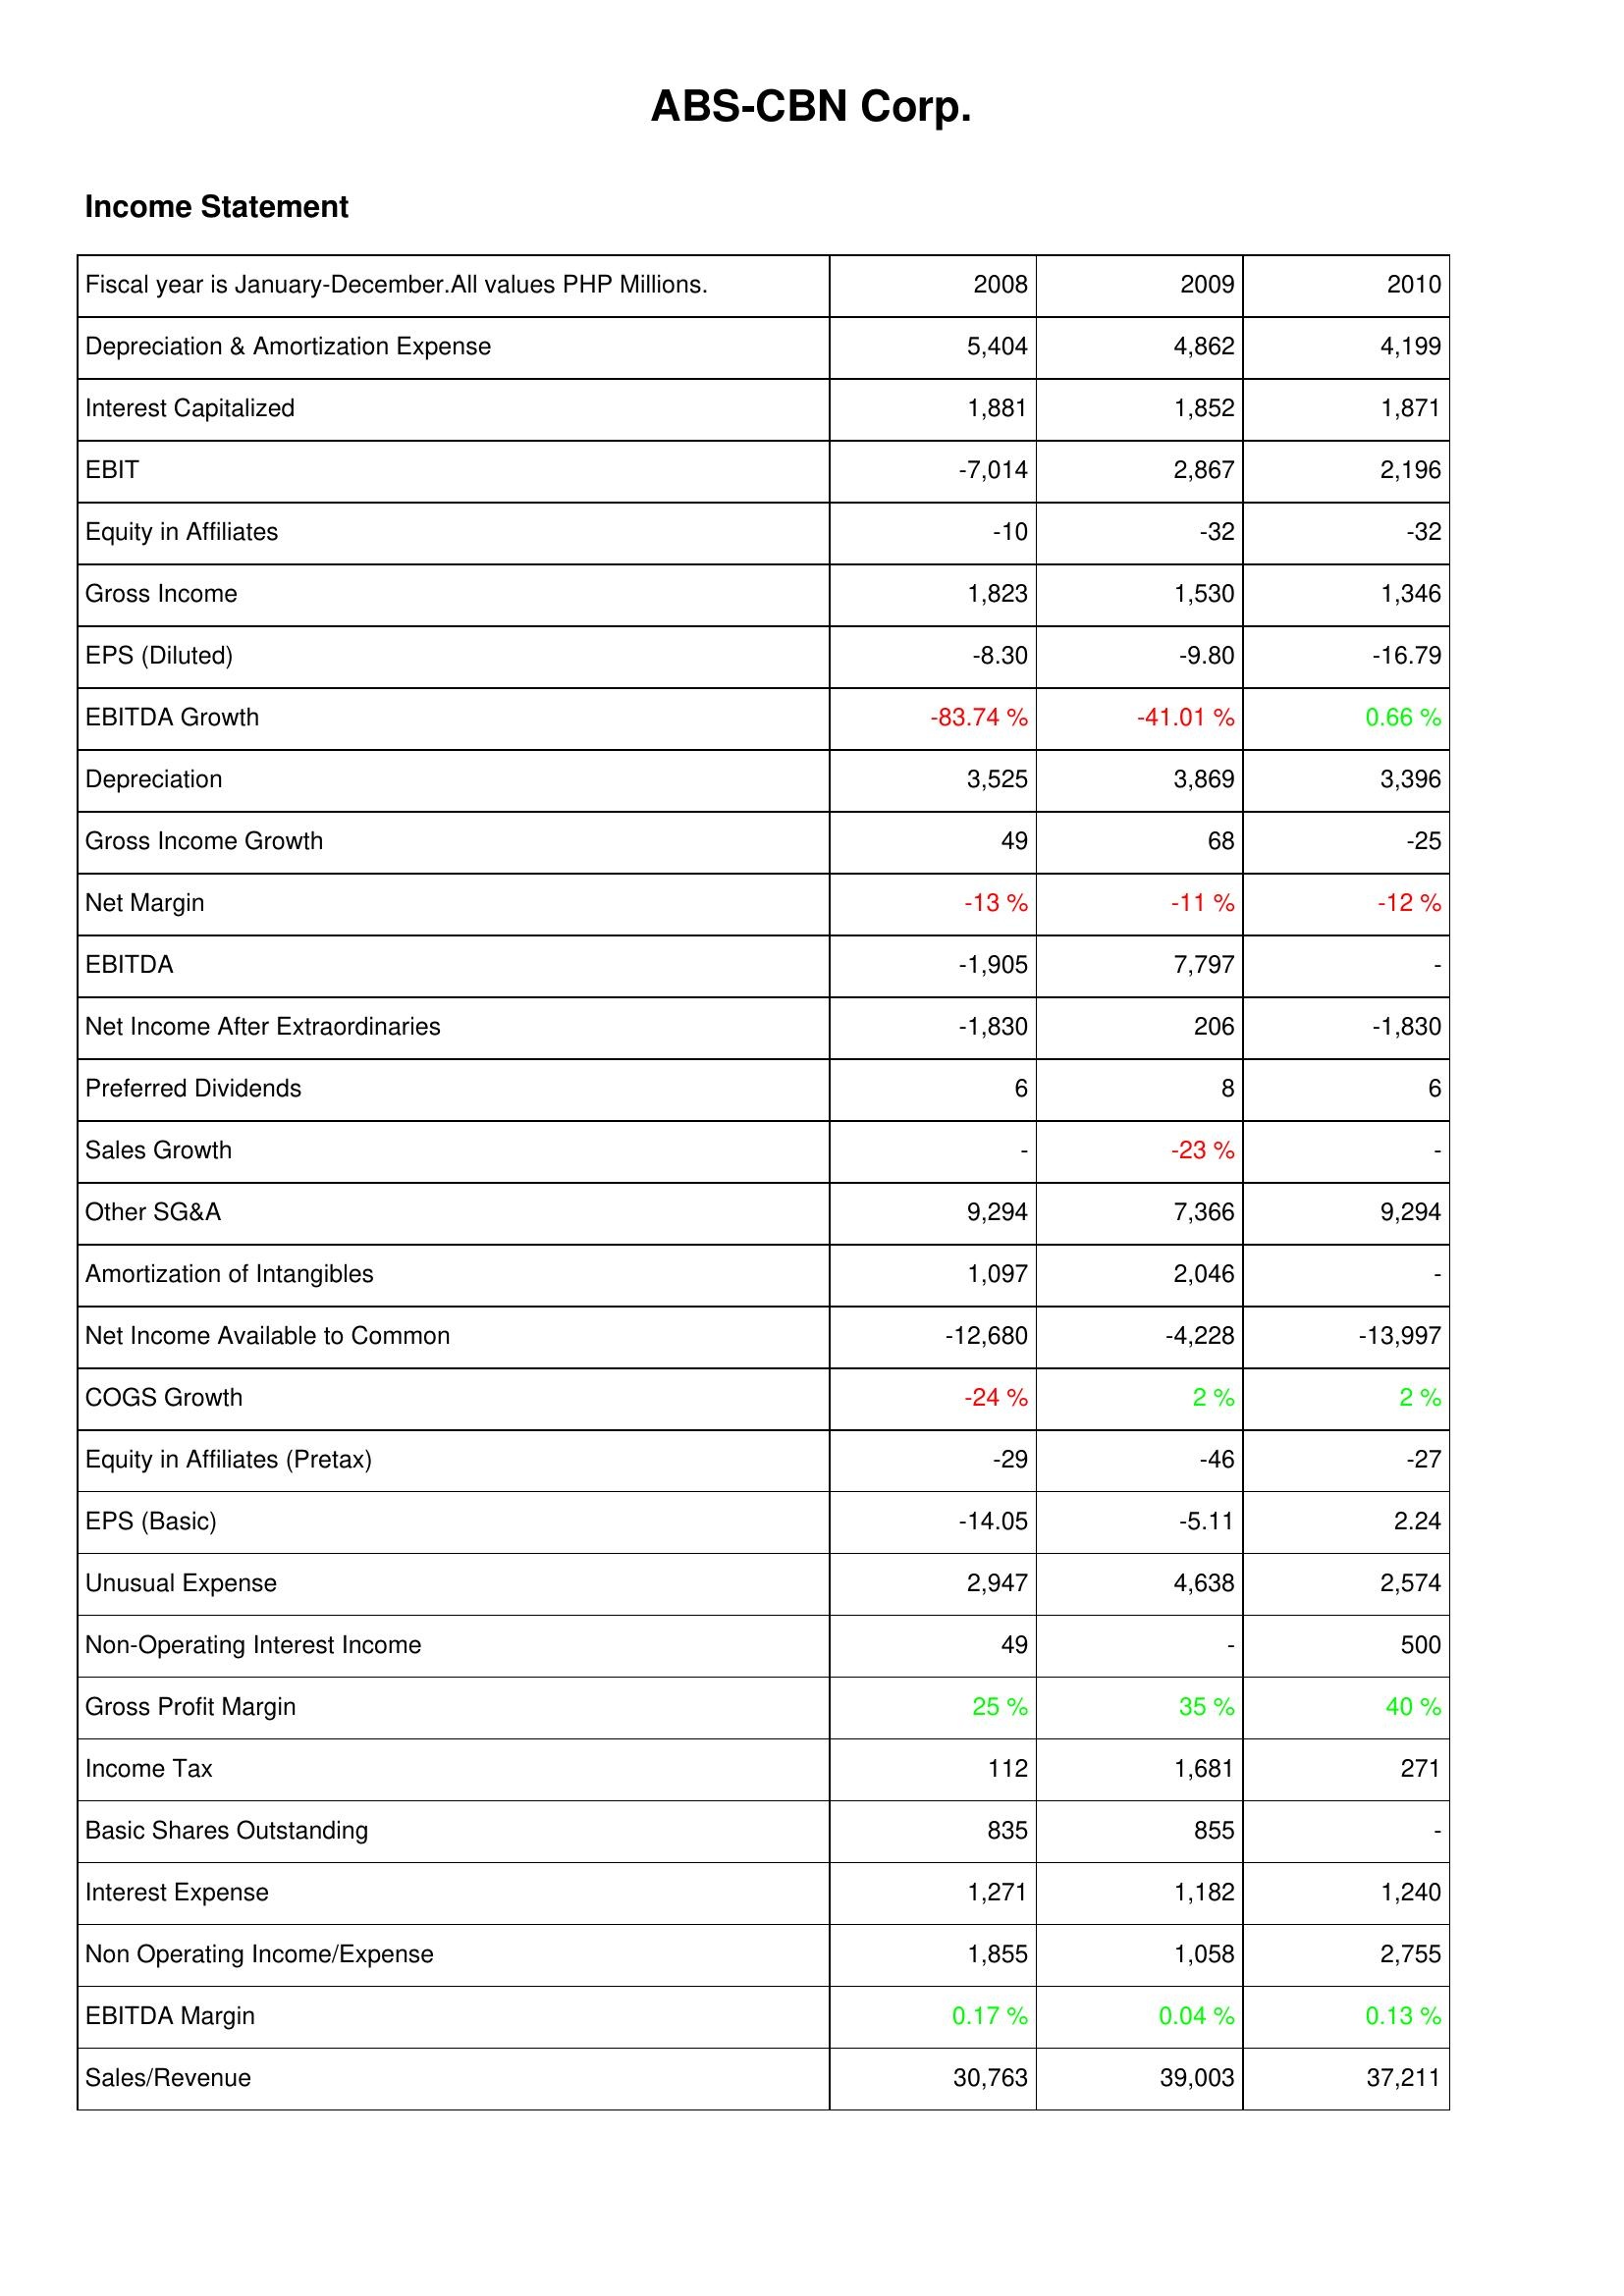
2008: Income Statement: Depreciation & Amortization Expense: 5,404
Interest Capitalized: 1,881
EBIT: -7,014
Equity in Affiliates: -10
Gross Income: 1,823
EPS (Diluted): -8.30
EBITDA Growth: -83.74 %
Depreciation: 3,525
Gross Income Growth: 49
Net Margin: -13 %
EBITDA: -1,905
Net Income After Extraordinaries: -1,830
Preferred Dividends: 6
Sales Growth: -
Other SG&A: 9,294
Amortization of Intangibles: 1,097
Net Income Available to Common: -12,680
COGS Growth: -24 %
Equity in Affiliates (Pretax): -29
EPS (Basic): -14.05
Unusual Expense: 2,947
Non-Operating Interest Income: 49
Gross Profit Margin: 25 %
Income Tax: 112
Basic Shares Outstanding: 835
Interest Expense: 1,271
Non Operating Income/Expense: 1,855
EBITDA Margin: 0.17 %
Sales/Revenue: 30,763
2009: Income Statement: Depreciation & Amortization Expense: 4,862
Interest Capitalized: 1,852
EBIT: 2,867
Equity in Affiliates: -32
Gross Income: 1,530
EPS (Diluted): -9.80
EBITDA Growth: -41.01 %
Depreciation: 3,869
Gross Income Growth: 68
Net Margin: -11 %
EBITDA: 7,797
Net Income After Extraordinaries: 206
Preferred Dividends: 8
Sales Growth: -23 %
Other SG&A: 7,366
Amortization of Intangibles: 2,046
Net Income Available to Common: -4,228
COGS Growth: 2 %
Equity in Affiliates (Pretax): -46
EPS (Basic): -5.11
Unusual Expense: 4,638
Non-Operating Interest Income: -
Gross Profit Margin: 35 %
Income Tax: 1,681
Basic Shares Outstanding: 855
Interest Expense: 1,182
Non Operating Income/Expense: 1,058
EBITDA Margin: 0.04 %
Sales/Revenue: 39,003
2010: Income Statement: Depreciation & Amortization Expense: 4,199
Interest Capitalized: 1,871
EBIT: 2,196
Equity in Affiliates: -32
Gross Income: 1,346
EPS (Diluted): -16.79
EBITDA Growth: 0.66 %
Depreciation: 3,396
Gross Income Growth: -25
Net Margin: -12 %
EBITDA: -
Net Income After Extraordinaries: -1,830
Preferred Dividends: 6
Sales Growth: -
Other SG&A: 9,294
Amortization of Intangibles: -
Net Income Available to Common: -13,997
COGS Growth: 2 %
Equity in Affiliates (Pretax): -27
EPS (Basic): 2.24
Unusual Expense: 2,574
Non-Operating Interest Income: 500
Gross Profit Margin: 40 %
Income Tax: 271
Basic Shares Outstanding: -
Interest Expense: 1,240
Non Operating Income/Expense: 2,755
EBITDA Margin: 0.13 %
Sales/Revenue: 37,211